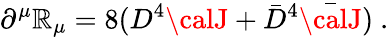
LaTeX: \partial^{\mu}{\cal\mathbb{R}}_{\mu}=8(D^{4}{\calJ}+{\bar{{D}}}^{4}{\bar{{\calJ}}})\ .